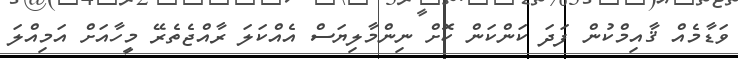
ވަޑާމެއް ޤާއިމްކުން ފަދަ ކަންކަން ކޮށް ނިންމާލިޔަސް އެއްކަލަ ރާއްޖެތެރޭ މީހާއަށް އަމިއްލަ